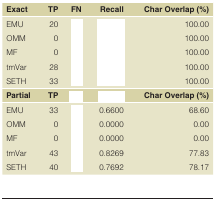
<table><thead><tr><td><b>Exact</b></td><td><b>TP</b></td><td><b>FN</b></td><td><b>Recall</b></td><td><b>Char Overlap (%)</b></td></tr></thead><tbody><tr><td>EMUOMMMFtmVarSETH</td><td>20002833</td><td>[EMPTY_CELL]</td><td>[EMPTY_CELL]</td><td>100.00100.00100.00100.00100.00</td></tr><tr><td><b>Partial</b></td><td><b>TP</b></td><td>[EMPTY_CELL]</td><td>[EMPTY_CELL]</td><td><b>Char Overlap (%)</b></td></tr><tr><td>EMUOMMMFtmVarSETH</td><td>33004340</td><td>[EMPTY_CELL]</td><td>0.66000.00000.00000.82690.7692</td><td>68.600.000.0077.8378.17</td></tr></tbody></table>